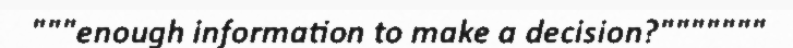
"""enough information to make a decision?"""""""